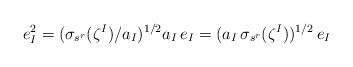
LaTeX: \begin{align*}e_I^2 = (\sigma_{s^r}(\zeta^I)/a_I )^{1/2} a_I \, e_I = (a_I \, \sigma_{s^r}(\zeta^I))^{1/2} \, e_I\end{align*}